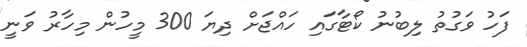
ފަހު ވަގުތު ލިބުނު ކޯޓާގައި ހައްޖަށް ދިޔަ 300 މީހުން މިހާރު ވަނީ